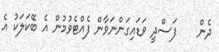
ދެން    ފަސްދީ ވަޑައިގަންނަވާން ފެއްޓެވުމުން އެ ބޭކަލަކު އެ